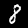
Digit: 8